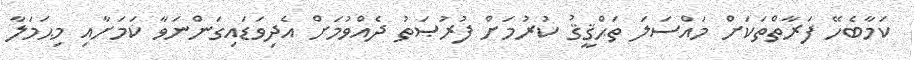
ކަމާބެހޭ ފަރާތްތަކަށް މައްސަލަ ތަޙްޤީޤު ކުރުމަށް ފުރުޞަތު ދެއްވުމަށް އެދިވަޑައިގަންނަވާ ކަމަށާއި މިޙަމަލާ